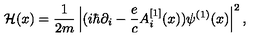
{ \cal H } ( x ) = { \frac { 1 } { 2 m } } \left| ( i \hbar \partial _ { i } - { \frac { e } { c } } A _ { i } ^ { [ 1 ] } ( x ) ) \psi ^ { ( 1 ) } ( x ) \right| ^ { 2 } ,